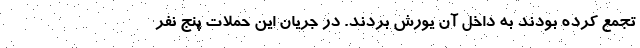
تجمع کرده بودند به داخل آن یورش بردند. در جریان این حملات پنج نفر